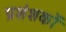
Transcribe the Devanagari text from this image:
प्रशंशकों